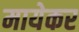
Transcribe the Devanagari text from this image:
मायेकर